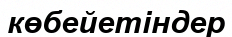
көбейетіндер